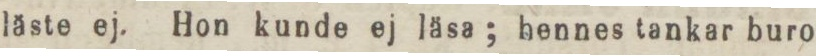
läste ej. Hon kunde ej läsa; hennes tankar buro